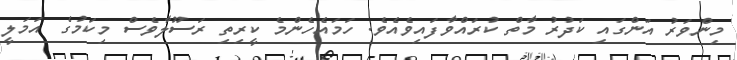
މިންވަރު އަންގައި ކަދުރު މާތް ކުރައްވާފައިވެއެވެ. ހަމައެހެންމެ ކީރިތި ރަސޫލާވެސް މިކަމުގެ އަމަލީ